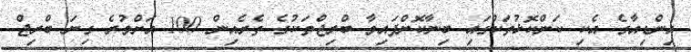
އިންޑިއާގެ އެކި ކަންކޮޅުތަކުގައި ބިނާކޮށްފައިވާ ބްރިޖްތަކުގެ ތެރެއިން 100 އަށްވުރެ ގިނަ ބްރިޖް